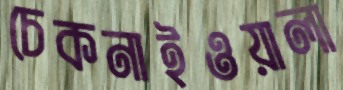
চেকনাইওয়ালা